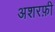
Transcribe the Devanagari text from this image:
अशरफ़ी